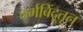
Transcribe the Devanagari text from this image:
घर्मबिंदूतून